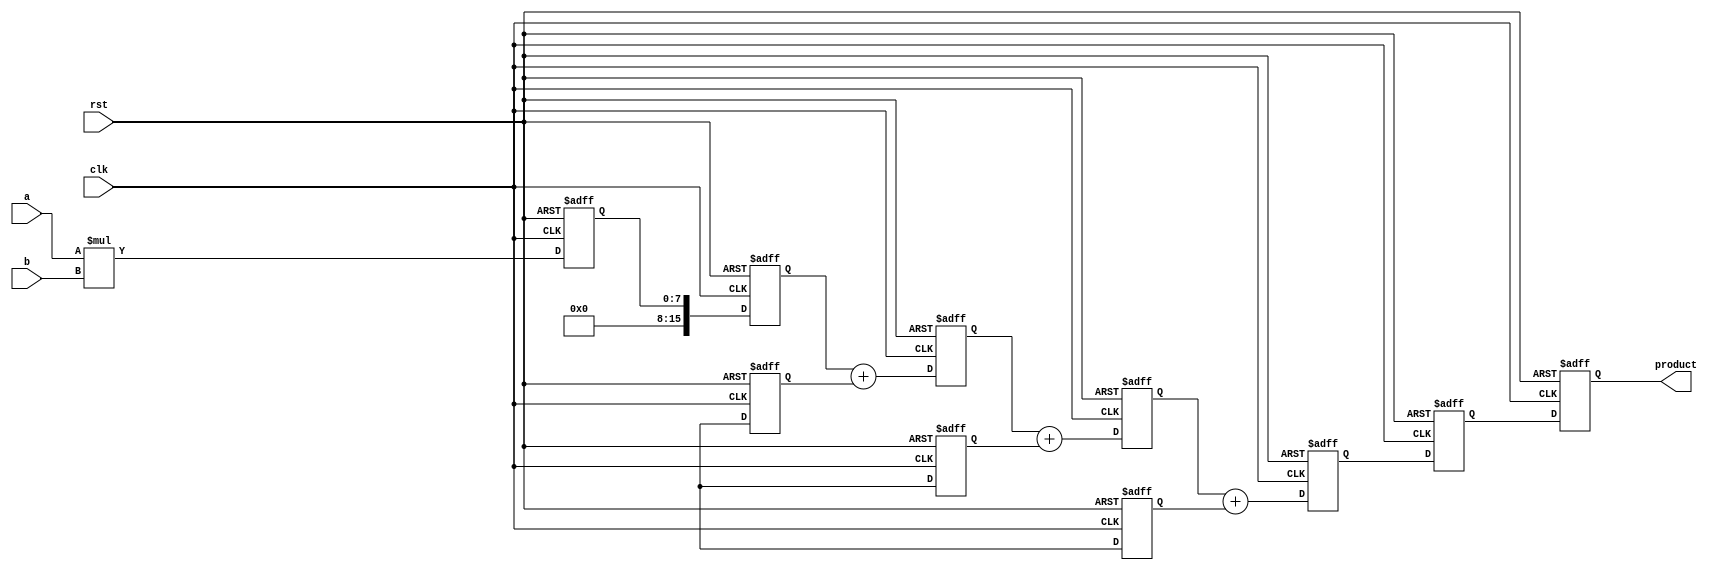
module pipelined_sliced_multiplier #(
    parameter WIDTH = 8, // Bit-width of input operands
    parameter SLICES = 4 // Number of slices
)(
    input wire clk,
    input wire rst,
    input wire [WIDTH-1:0] a, // First operand
    input wire [WIDTH-1:0] b, // Second operand
    output reg [2*WIDTH-1:0] product // Output product
);

    // Internal signals
    reg [WIDTH-1:0] partial_products[SLICES-1:0]; // Partial products
    reg [2*WIDTH-1:0] accumulators[SLICES-1:0]; // Accumulated results
    reg [2*WIDTH-1:0] final_result; // Final result
    integer i;

    // Generate partial products in slices
    always @(posedge clk or posedge rst) begin
        if (rst) begin
            for (i = 0; i < SLICES; i = i + 1) begin
                partial_products[i] <= 0;
            end
        end else begin
            for (i = 0; i < SLICES; i = i + 1) begin
                partial_products[i] <= a * b[i*WIDTH +: WIDTH]; // Generate partial product
            end
        end
    end

    // Accumulate partial products
    always @(posedge clk or posedge rst) begin
        if (rst) begin
            for (i = 0; i < SLICES; i = i + 1) begin
                accumulators[i] <= 0;
            end
        end else begin
            accumulators[0] <= partial_products[0];
            for (i = 1; i < SLICES; i = i + 1) begin
                accumulators[i] <= accumulators[i-1] + partial_products[i];
            end
        end
    end

    // Final output stage
    always @(posedge clk or posedge rst) begin
        if (rst) begin
            final_result <= 0;
        end else begin
            final_result <= accumulators[SLICES-1]; // Final accumulated result
        end
    end

    // Assign final result to output
    always @(posedge clk or posedge rst) begin
        if (rst) begin
            product <= 0;
        end else begin
            product <= final_result; // Output the final product
        end
    end

endmodule